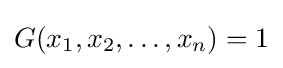
G(x_{1},x_{2},\ldots ,x_{n})=1